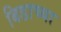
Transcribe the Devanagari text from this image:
बिडाच्या